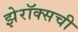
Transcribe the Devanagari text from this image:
झेरॉक्सची